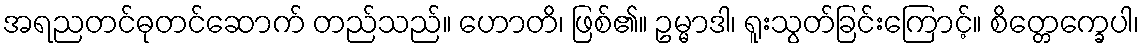
အရညတင်ဓုတင်ဆောက် တည်သည်။ ဟောတိ၊ ဖြစ်၏။ ဥမ္မာဒါ၊ ရူးသွတ်ခြင်းကြောင့်။ စိတ္တေက္ခေပါ၊